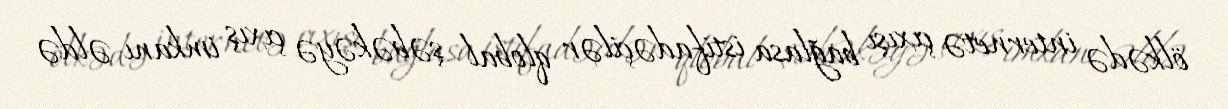
ölkədə internetə çıxışı bağlasa istifadəçilər qlobal şəbəkəyə çıxış imkanı əldə